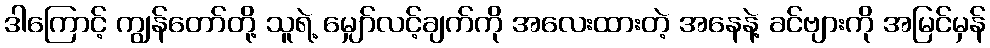
ဒါကြောင့် ကျွန်တော်တို့ သူရဲ့ မျှော်လင့်ချက်ကို အလေးထားတဲ့ အနေနဲ့ ခင်ဗျားကို အမြင်မှန်